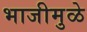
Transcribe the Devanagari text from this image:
भाजीमुळे